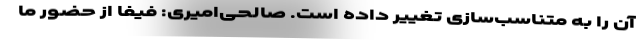
آن را به متناسب‌سازی تغییر داده است. صالحی‌امیری: فیفا از حضور ما